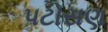
પટોસણ